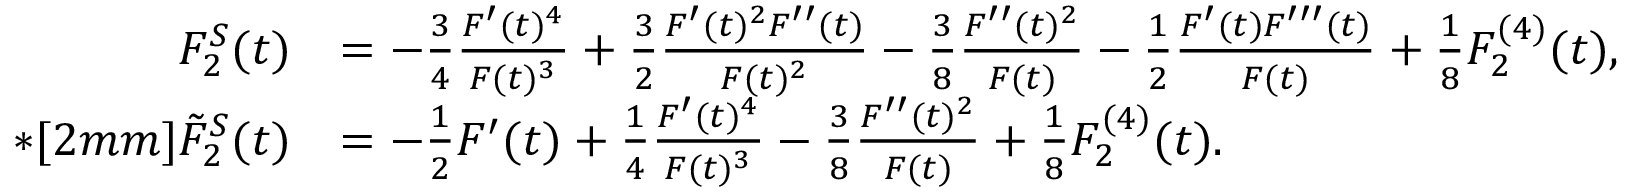
\begin{array} { r l } { F _ { 2 } ^ { S } ( t ) } & { = - \frac { 3 } { 4 } \frac { F ^ { \prime } ( t ) ^ { 4 } } { F ( t ) ^ { 3 } } + \frac { 3 } { 2 } \frac { F ^ { \prime } ( t ) ^ { 2 } F ^ { \prime \prime } ( t ) } { F ( t ) ^ { 2 } } - \frac { 3 } { 8 } \frac { F ^ { \prime \prime } ( t ) ^ { 2 } } { F ( t ) } - \frac { 1 } { 2 } \frac { F ^ { \prime } ( t ) F ^ { \prime \prime \prime } ( t ) } { F ( t ) } + \frac { 1 } { 8 } F _ { 2 } ^ { ( 4 ) } ( t ) , } \\ { * [ 2 m m ] \tilde { F } _ { 2 } ^ { S } ( t ) } & { = - \frac { 1 } { 2 } F ^ { \prime } ( t ) + \frac { 1 } { 4 } \frac { F ^ { \prime } ( t ) ^ { 4 } } { F ( t ) ^ { 3 } } - \frac { 3 } { 8 } \frac { F ^ { \prime \prime } ( t ) ^ { 2 } } { F ( t ) } + \frac { 1 } { 8 } F _ { 2 } ^ { ( 4 ) } ( t ) . } \end{array}